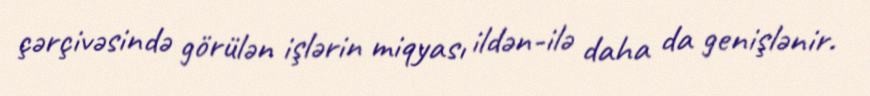
çərçivəsində görülən işlərin miqyası ildən-ilə daha da genişlənir.